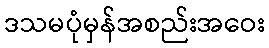
ဒသမပုံမှန်အစည်းအဝေး